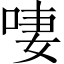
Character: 啛